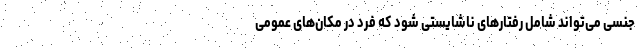
جنسی می‌تواند شامل رفتارهای ناشایستی شود که فرد در مکان‌های عمومی